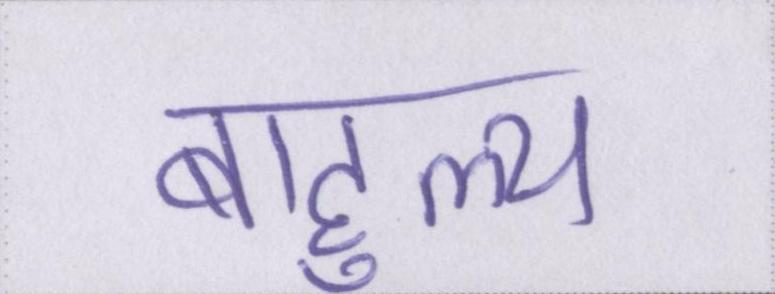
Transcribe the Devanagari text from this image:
बाहुल्य